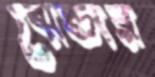
ঝেন্ডার